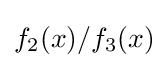
f_{2}(x)/f_{3}(x)